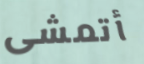
أتمشى